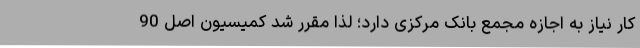
کار نیاز به اجازه مجمع بانک مرکزی دارد؛ لذا مقرر شد کمیسیون اصل 90